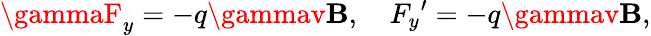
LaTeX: \gammaF_{y}=-q\gammav\mathbf{B},\quad{F_{y}}^{\prime}=-q\gammav\mathbf{B},